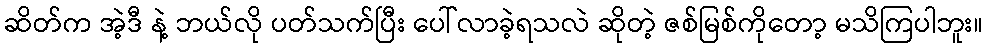
ဆိတ်က အဲ့ဒီ နဲ့ ဘယ်လို ပတ်သက်ပြီး ပေါ်လာခဲ့ရသလဲ ဆိုတဲ့ ဇစ်မြစ်ကိုတော့ မသိကြပါဘူး။